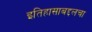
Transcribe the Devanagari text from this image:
इतिहासाबद्दलचा